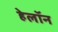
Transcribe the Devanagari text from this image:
हेलॉन